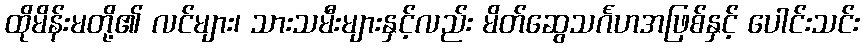
ထိုမိန်းမတို့၏ လင်များ၊ သားသမီးများနှင့်လည်း မိတ်ဆွေသင်္ဂဟအဖြစ်နှင့် ပေါင်းသင်း